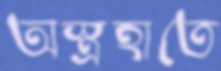
অস্ত্রহাতে